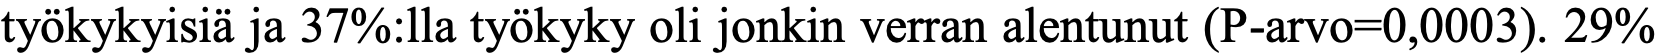
työkykyisiä ja 37%:lla työkyky oli jonkin verran alentunut (P-arvo=0,0003). 29%